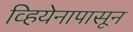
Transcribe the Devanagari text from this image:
व्हियेनापासून